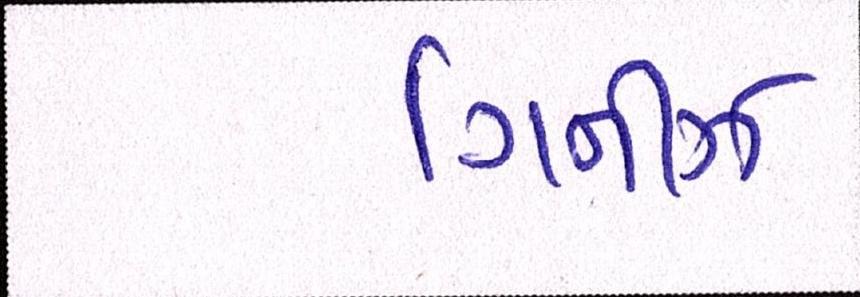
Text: ગિનીઝ